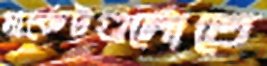
মার্কেটগুলোতে